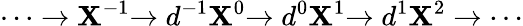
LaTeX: \cdots\to\mathbf{X}^{-1}{\xrightarrow{}{{d^{-1}}}}\mathbf{X}^{0}{\xrightarrow{}{{d^{0}}}}\mathbf{X}^{1}{\xrightarrow{}{{d^{1}}}}\mathbf{X}^{2}\to\cdots